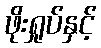
ဖိုးရှုပ်နှင့်